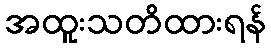
အထူးသတိထားရန်